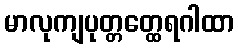
မာလုကျပုတ္တတ္ထေရဂါထာ